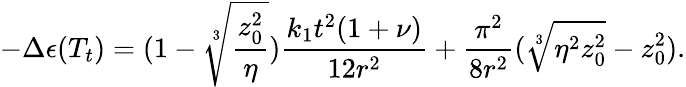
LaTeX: -\Delta\epsilon(T_{t})=(1-\sqrt[3]{\frac{z_{0}^{2}}{\eta}})\frac{k_{1}t^{2}(1+\nu)}{12r^{2}}+\frac{\pi^{2}}{8r^{2}}(\sqrt[3]{\eta^{2}z_{0}^{2}}-z_{0}^{2}).